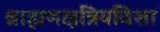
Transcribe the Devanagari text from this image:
ब्राह्मणक्षत्रियविशां